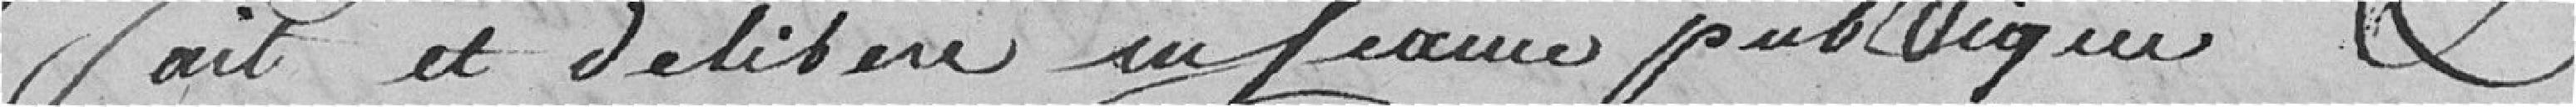
fait et délibéré en Séance publique &